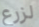
لزرع